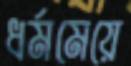
ধর্মমেয়ে